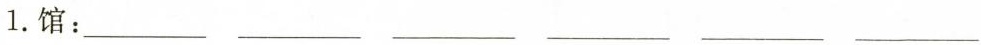
1.馆：___ ___ ___ ___ ___ ___